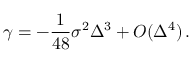
\gamma = - \frac { 1 } { 4 8 } \sigma ^ { 2 } \Delta ^ { 3 } + O ( \Delta ^ { 4 } ) \, .